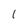
Character: 1